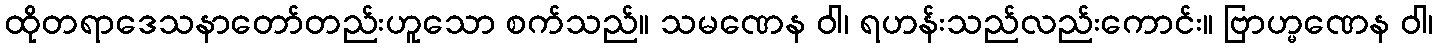
ထိုတရာဒေသနာတော်တည်းဟူသော စက်သည်။ သမဏေန ဝါ၊ ရဟန်းသည်လည်းကောင်း။ ဗြာဟ္မဏေန ဝါ၊